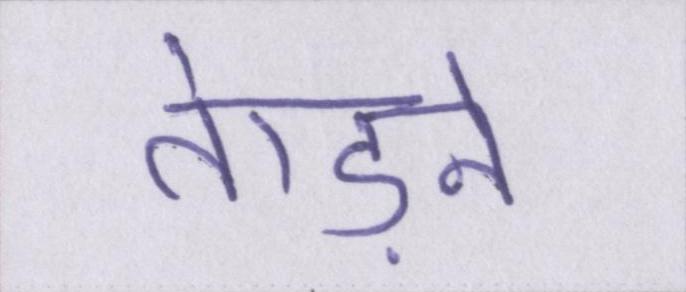
तेाड़ने